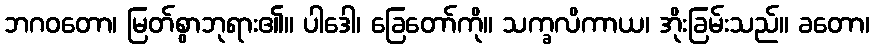
ဘဂဝတော၊ မြတ်စွာဘုရား၏။ ပါဒေါ၊ ခြေတော်ကို။ သက္ခလိကာယ၊ အိုးခြမ်းသည်။ ခတော၊